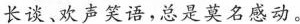
长谈、欢声笑语，总是莫名感动。